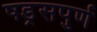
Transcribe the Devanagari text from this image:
षड्रसपुर्ण